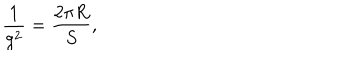
\frac { 1 } { g ^ { 2 } } = \frac { 2 \pi R } { S } ,